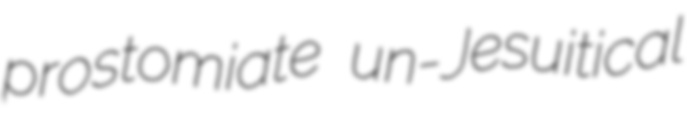
prostomiate un-Jesuitical